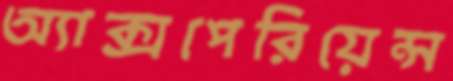
অ্যাক্সপেরিয়েন্স